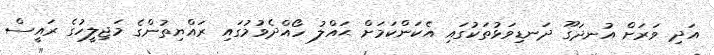
އަދި ވަރަށް އުނދަގޫ ދަނޑިވަޅުތަކުގައި އެކަންކަމަށް ޙައްލު ހޯއްދެވުމުގައި ރައްޔިތުންގެ މަޖިލީހުގެ ރައީސް